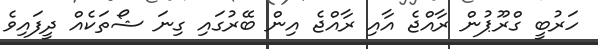
ހަރުބީ ގްރޫޕުން ރާއްޖެ އާއި ރާއްޖެ އިން ބޭރުގައި ގިނަ ޝޯތަކެއް ދީފައިވެ